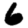
Digit: 6